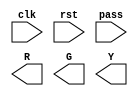
module traffic_light (
  input  clk,
  input  rst,
  input  pass,
  output R,
  output G,
  output Y
);

endmodule